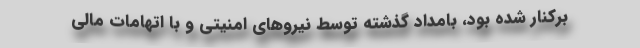
برکنار شده بود، بامداد گذشته توسط نیروهای امنیتی و با اتهامات مالی